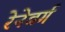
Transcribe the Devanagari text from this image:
रेनेबर्ग